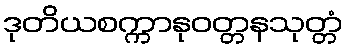
ဒုတိယစက္ကာနုဝတ္တနသုတ္တံ